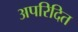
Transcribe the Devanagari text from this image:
अपरिदित